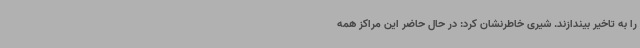
را به تاخیر بیندازند. شیری خاطرنشان کرد: در حال حاضر این مراکز همه